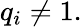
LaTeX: q_{i}\neq 1.